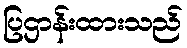
ပြဌာန်းထားသည်